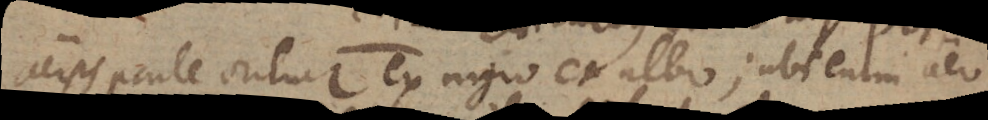
aeris parte oritur ex nigro et albo; ubi enim aer